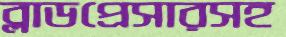
ব্লাডপ্রেসারসহ